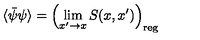
\langle \bar { \psi } \psi \rangle = \left( \lim _ { x ^ { \prime } \rightarrow x } S ( x , x ^ { \prime } ) \right) _ { \mathrm { r e g } }